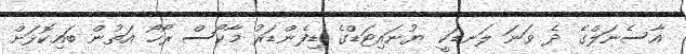
އާސެނަލްގެ ދެ ވަނަ ލަނޑަކީ ޔުނައިޓަޑްގެ ޑިފެންޑަރު މާކޯސް ރޯހޯ އަތުން ބައިކޮޅަށް